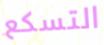
التسكع